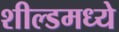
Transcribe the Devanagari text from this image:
शील्डमध्ये